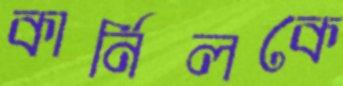
কার্নিলকে